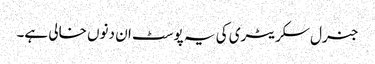
جنرل سکریٹری کی یہ پوسٹ ان دنوں خالی ہے۔